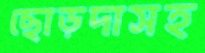
ছোড়দাসহ